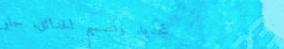
تجديد وتصميم الحدائق، حلو